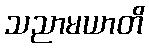
သညာမယာတိ